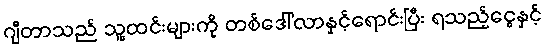
ဂျီတာသည် သူ့ထင်းများကို တစ်ဒေါ်လာနှင့်ရောင်းပြီး ရသည့်ငွေနှင့်